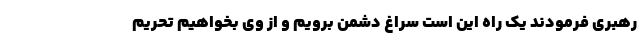
رهبری فرمودند یک راه این است سراغ دشمن برویم و از وی بخواهیم تحریم